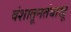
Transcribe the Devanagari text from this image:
वंशातूनतंबाखू